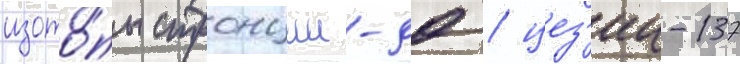
изото́пы стронции-90 / цез'ии-137